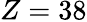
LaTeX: Z=38